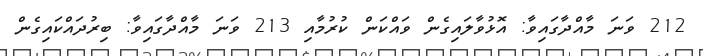
212 ވަނަ މާއްދާގައިވާ: އޮޅުވާލައިގެން ވައްކަން ކުރުމާއި 213 ވަނަ މާއްދާގައިވާ: ބިރުދައްކައިގެން